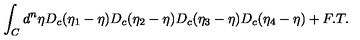
\int _ { C } d ^ { n } \eta D _ { c } ( \eta _ { 1 } - \eta ) D _ { c } ( \eta _ { 2 } - \eta ) D _ { c } ( \eta _ { 3 } - \eta ) D _ { c } ( \eta _ { 4 } - \eta ) + F . T .